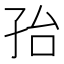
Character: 孡